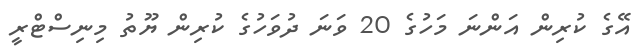
އޭގެ ކުރިން އަންނަ މަހުގެ 20 ވަނަ ދުވަހުގެ ކުރިން ޔޫތު މިނިސްޓްރީ